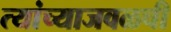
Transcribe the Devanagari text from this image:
त्यांच्याजवळची